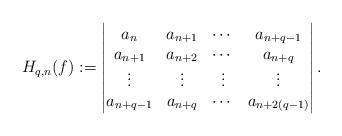
LaTeX: \begin{align*}H_{q,n}(f):=\begin{vmatrix}a_{n} & a_{n+1} &\cdots& a_{n+q-1}\\ a_{n+1} & a_{n+2} &\cdots& a_{n+q} \\ \vdots & \vdots & \vdots & \vdots \\ a_{n+q-1} & a_{n+q} &\cdots& a_{n+2(q-1)}\end{vmatrix}.\end{align*}